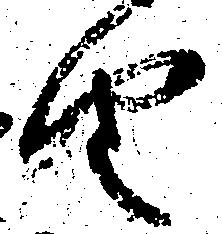
由